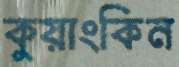
কুয়াংকিন